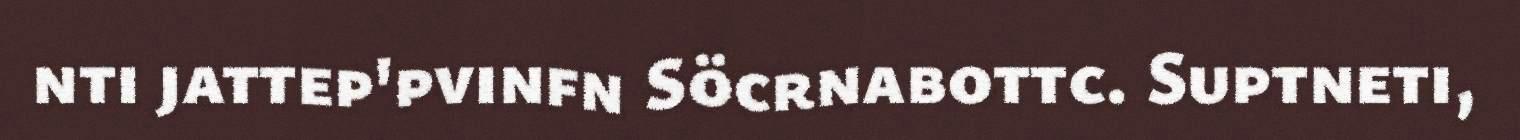
nti jattep'pvinfn Söcrnabottc. Suptneti,